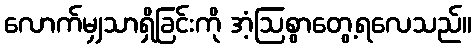
လောက်မျှသာရှိခြင်းကို အံ့ဩစွာတွေ့ရလေသည်။